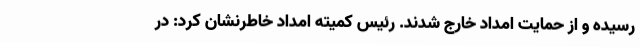
رسیده و از حمایت امداد خارج شدند. رئیس کمیته امداد خاطرنشان کرد: در